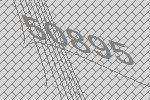
50895